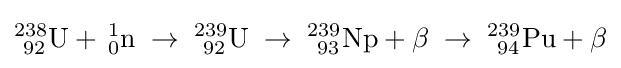
\mathrm {^{238}_{\ 92}U+\,_{0}^{1}n\;\rightarrow \;_{\ 92}^{239}U\;\rightarrow \;_{\ 93}^{239}Np+\beta \;\rightarrow \;_{\ 94}^{239}Pu+\beta }